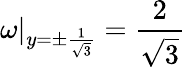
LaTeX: \omega|_{y=\pm\frac{1}{\sqrt{3}}}=\frac{2}{\sqrt{3}}